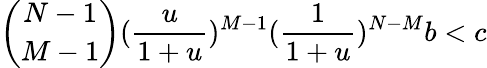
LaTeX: \binom{N-1}{M-1}(\frac{u}{1+u})^{M-1}(\frac{1}{1+u})^{N-M}b<c